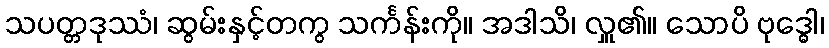
သပတ္တဒုဿံ၊ ဆွမ်းနှင့်တကွ သင်္ကန်းကို။ အဒါသိ၊ လှူ၏။ သောပိ ဗုဒ္ဓေါ၊